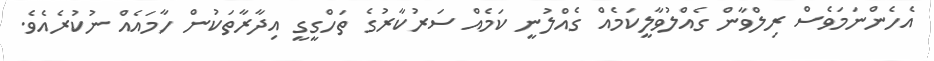
އެހެންނަމަވެސް ރިލްވާން ގެއްލުވާލީކަމެއް ގެއްލުނީ ކަމެއް ސަރުކާރުގެ ތަހްގީގީ އިދާރާތަކުން ހާމައެއް ނުކުރެއެވެ.